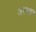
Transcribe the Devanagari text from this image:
अरपचन